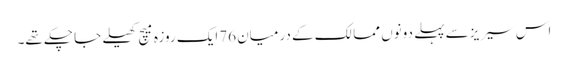
اس سیریزسے پہلے دونوں ممالک کے درمیان 76ایک روزہ میچ کھیلے جا چکے تھے۔